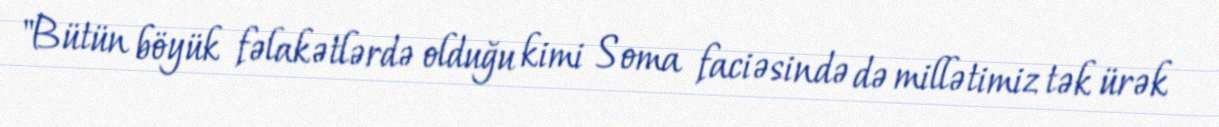
"Bütün böyük fəlakətlərdə olduğu kimi Soma faciəsində də millətimiz tək ürək